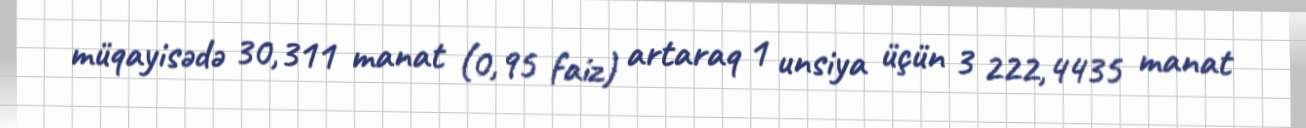
müqayisədə 30,311 manat (0,95 faiz) artaraq 1 unsiya üçün 3 222,4435 manat